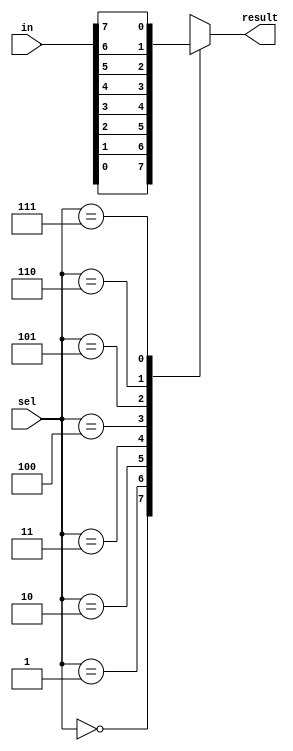
module mux8x1_always(input [7:0]in, input [2:0]sel, output reg result);

always @ *
	begin
		case(sel)
			3'b000: result <= in[0];
			3'b001: result <= in[1];
			3'b010: result <= in[2];
			3'b011: result <= in[3];
			3'b100: result <= in[4];
			3'b101: result <= in[5];
			3'b110: result <= in[6];
			3'b111: result <= in[7];
		endcase
	end

endmodule